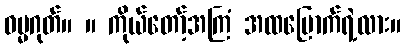
ဓမ္မဂုတ်။ ။ ကိုယ်တော့်အကြံ အထမြောက်ရဲ့လား။